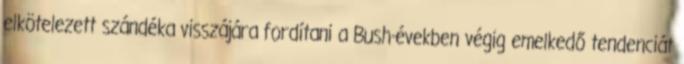
elkötelezett szándéka visszájára fordítani a Bush-években végig emelkedő tendenciát